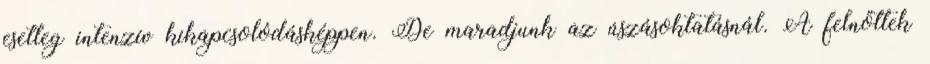
esetleg intenzív kikapcsolódásképpen. De maradjunk az úszásoktatásnál. A felnőttek